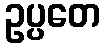
ဥပ္ပတေ